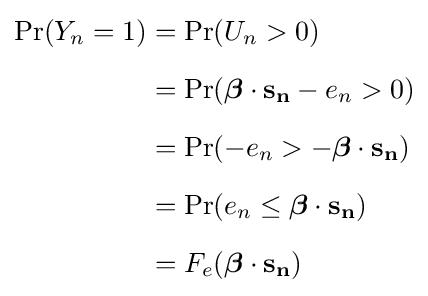
{\begin{aligned}\Pr(Y_{n}=1)&=\Pr(U_{n}>0)\\[6pt]&=\Pr({\boldsymbol {\beta }}\cdot \mathbf {s_{n}} -e_{n}>0)\\[6pt]&=\Pr(-e_{n}>-{\boldsymbol {\beta }}\cdot \mathbf {s_{n}} )\\[6pt]&=\Pr(e_{n}\leq {\boldsymbol {\beta }}\cdot \mathbf {s_{n}} )\\[6pt]&=F_{e}({\boldsymbol {\beta }}\cdot \mathbf {s_{n}} )\end{aligned}}